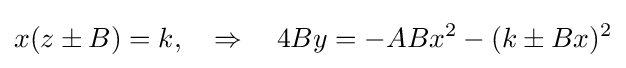
x(z\pm B)=k,\quad \Rightarrow \quad 4By=-ABx^{2}-(k\pm Bx)^{2}